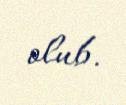
olub.